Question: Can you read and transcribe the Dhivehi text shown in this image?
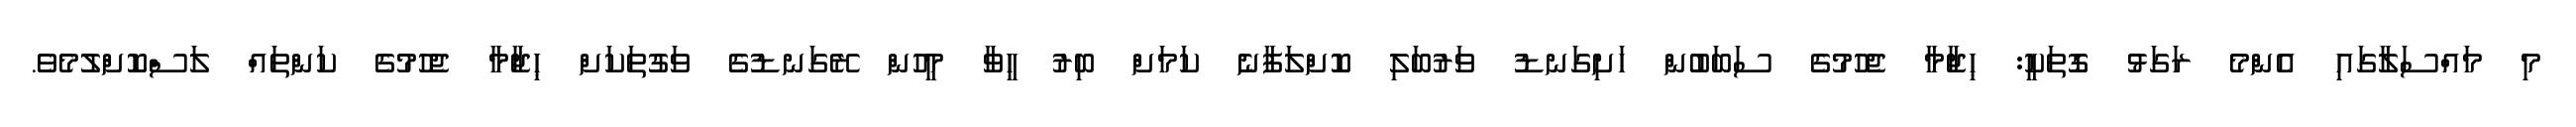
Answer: މި މައްސަލާގައި އެންމެ ރަގަޅު ގޮތަކީ: ޙިޖާމާ ޖެހުމުގެ ސަބަބުން ހަށިގަނޑު ވަރުބަލި ކޮށްލަފާނެ ކަމަށް ބިރު ހީވާ މީހުން ރޭގަނޑުގެ ވަގުތަކަށް ޙިޖާމާ ޖެހުމުގެ ކަންތައް ލަސްކޮށްލުމެވެ.